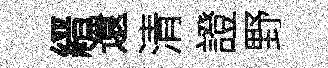
縉還清證野